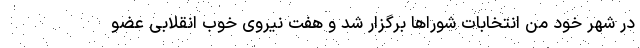
در شهر خود من انتخابات شوراها برگزار شد و هفت نیروی خوب انقلابی عضو